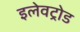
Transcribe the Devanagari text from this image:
इलेवट्रोड